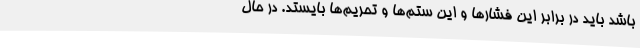
باشد باید در برابر این فشارها و این ستم‌ها و تحریم‌ها بایستد. در حال